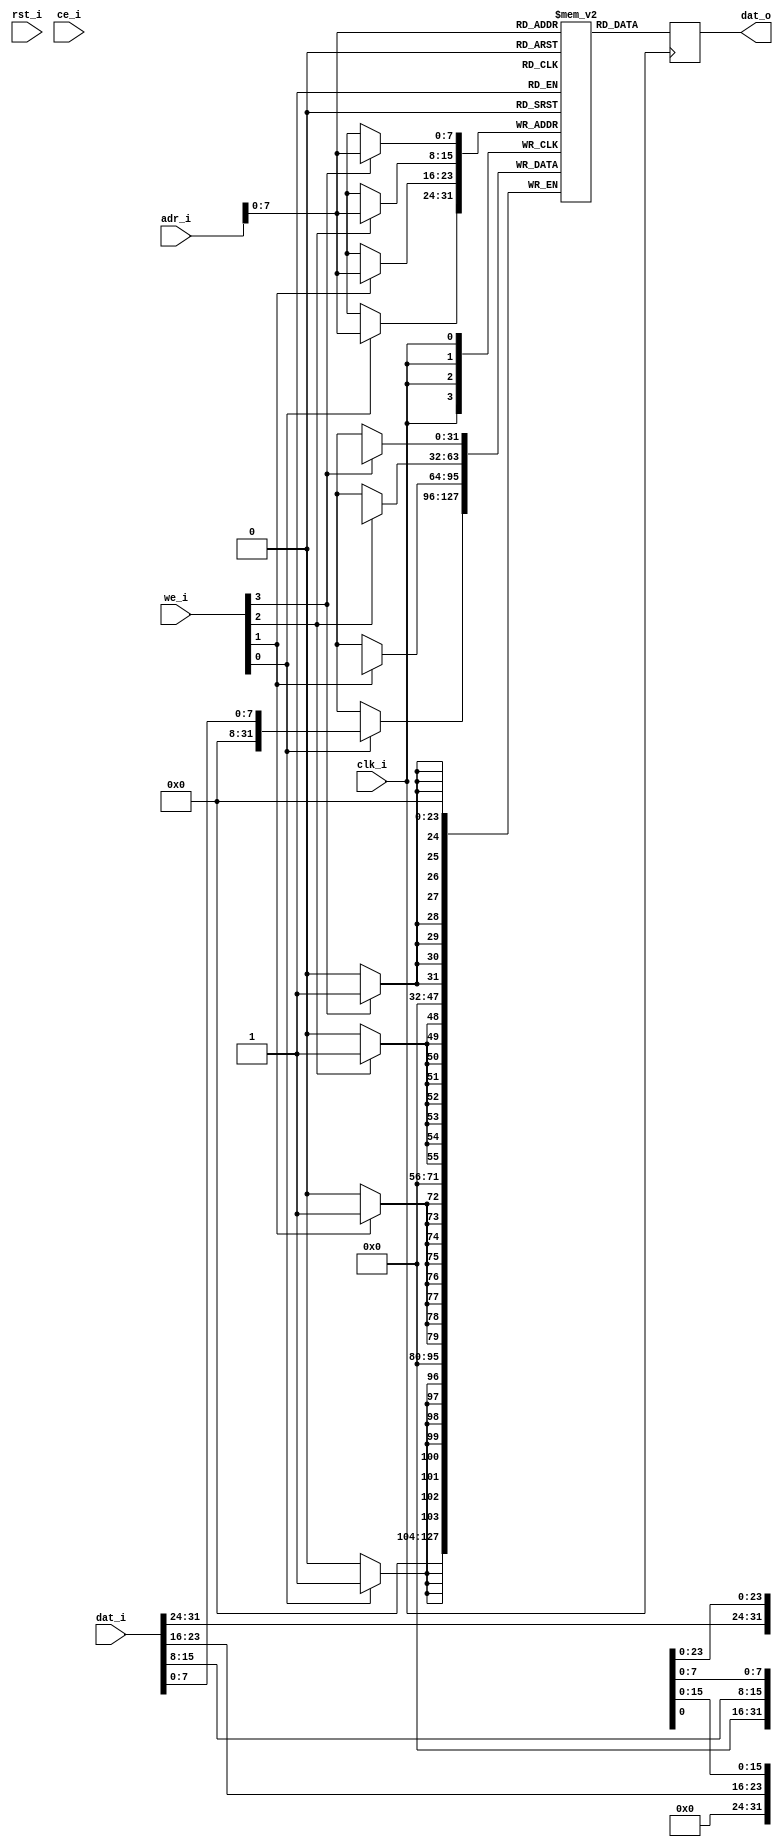
// Single-Port SRAM Wrapper
//
// Try auto generate the SRAM by EDA tools but not use the vendors' primitive.
//
//
// Support Devices:
//      * Spartan 6 Block RAM (follow the Xilinx ISE language templete).
//
// TODO: support more deivce

module spram_bw_wrapper #(
    parameter
        dw = 32,
        aw = 32,
        col_w = 8,
        nb_w = dw/col_w,
        mem_size_bytes = 32'h0000_0400
) (
    input               clk_i,
    input               rst_i,

    input   [aw-1:0]    adr_i,
    input               ce_i,
    input   [nb_w-1:0]  we_i,
    input   [dw-1:0]    dat_i,
    output  [dw-1:0]    dat_o
);
    // Important!
    // This is the recommended coding style to describe read-first synchronized byte-write enable functionality for Virtex-6,
    // Spartan-6 and newer device families. This coding style is not supported for older device families. In that case, please refer
    // to the corresponding 2-bit and 4-bit write enable templates for device families before Virtex-6 and Spartan-6.
    //
    
    reg     [dw-1:0]    dout_r;
    reg	    [dw-1:0]    mem [0:mem_size_bytes/nb_w-1];

    //  The forllowing code is only necessary if you wish to initialize the RAM 
    //  contents via an external file (use $readmemb for binary data)
    // initial
    //    $readmemh("<data_file_name>", <mem>, <begin_adr_i>, <end_adr_i>);

    always @(posedge clk_i)
    begin 
       dout_r <= mem[adr_i];
    end
    assign dat_o = dout_r;

    generate
    genvar i;
       for (i = 0; i < nb_w; i = i+1)
       begin:sram_bw
          always @(posedge clk_i)
          begin  
             if (we_i[i]) 
                mem[adr_i][(i+1)*col_w-1:i*col_w]
                  <= dat_i[(i+1)*col_w-1:i*col_w];
          end
       end
    endgenerate
endmodule